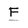
Character: F